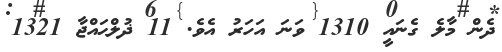
ދެން މާލެ ގެނައީ 1310 ވަނަ އަހަރު އެވެ. 11 ޛުލްޙައްޖާ 1321